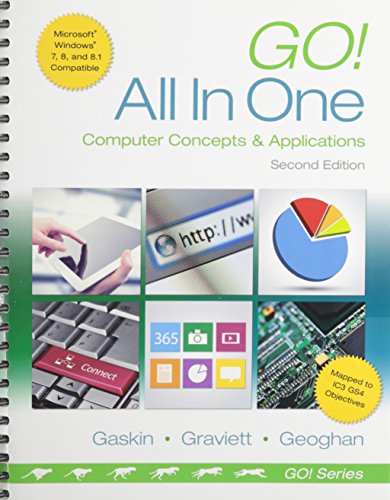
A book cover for Go! All in One: Computer Concepts and Applications  & MyITLab with Pearson eText -- Access Card -- for GO! All In One Computer Concepts and Applications Package (2nd Edition); Shelley Gaskin; Business & Money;